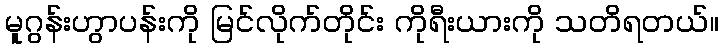
မူဂွန်းဟွာပန်းကို မြင်လိုက်တိုင်း ကိုရီးယားကို သတိရတယ်။